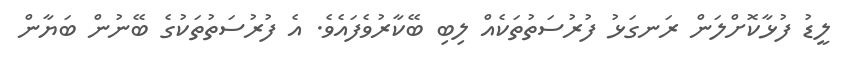
ލީޑު ފުޅާކޮށްލަން ރަނގަޅު ފުރުސަތުތަކެއް ލިބި ބޭކާރުވެފައެވެ. އެ ފުރުސަތުތަކުގެ ބޭނުން ބަޔާން